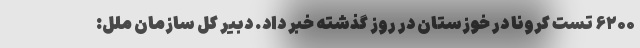
۶۲۰۰ تست کرونا در خوزستان در روز گذشته خبر داد. دبیر کل سازمان ملل: